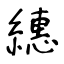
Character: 繐